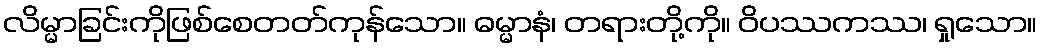
လိမ္မာခြင်းကိုဖြစ်စေတတ်ကုန်သော။ ဓမ္မာနံ၊ တရားတို့ကို။ ဝိပဿကဿ၊ ရှုသော။